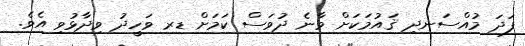
ފަދަ މުއްސަނދި ޤައުމަކަށް ވާނެ ދުވަސް ކަމަށް ޑރ ވަހީދު ވިދާޅުވި އެވެ.